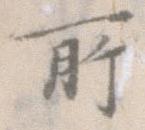
所